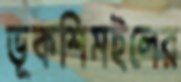
ভূকশিমইলের